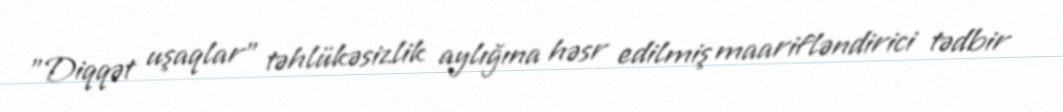
"Diqqət uşaqlar" təhlükəsizlik aylığına həsr edilmiş maarifləndirici tədbir